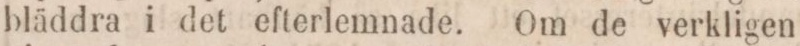
bläddra i det efterlemnade. Om de verkligen